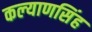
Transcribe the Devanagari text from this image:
कल्‍याणसिंह